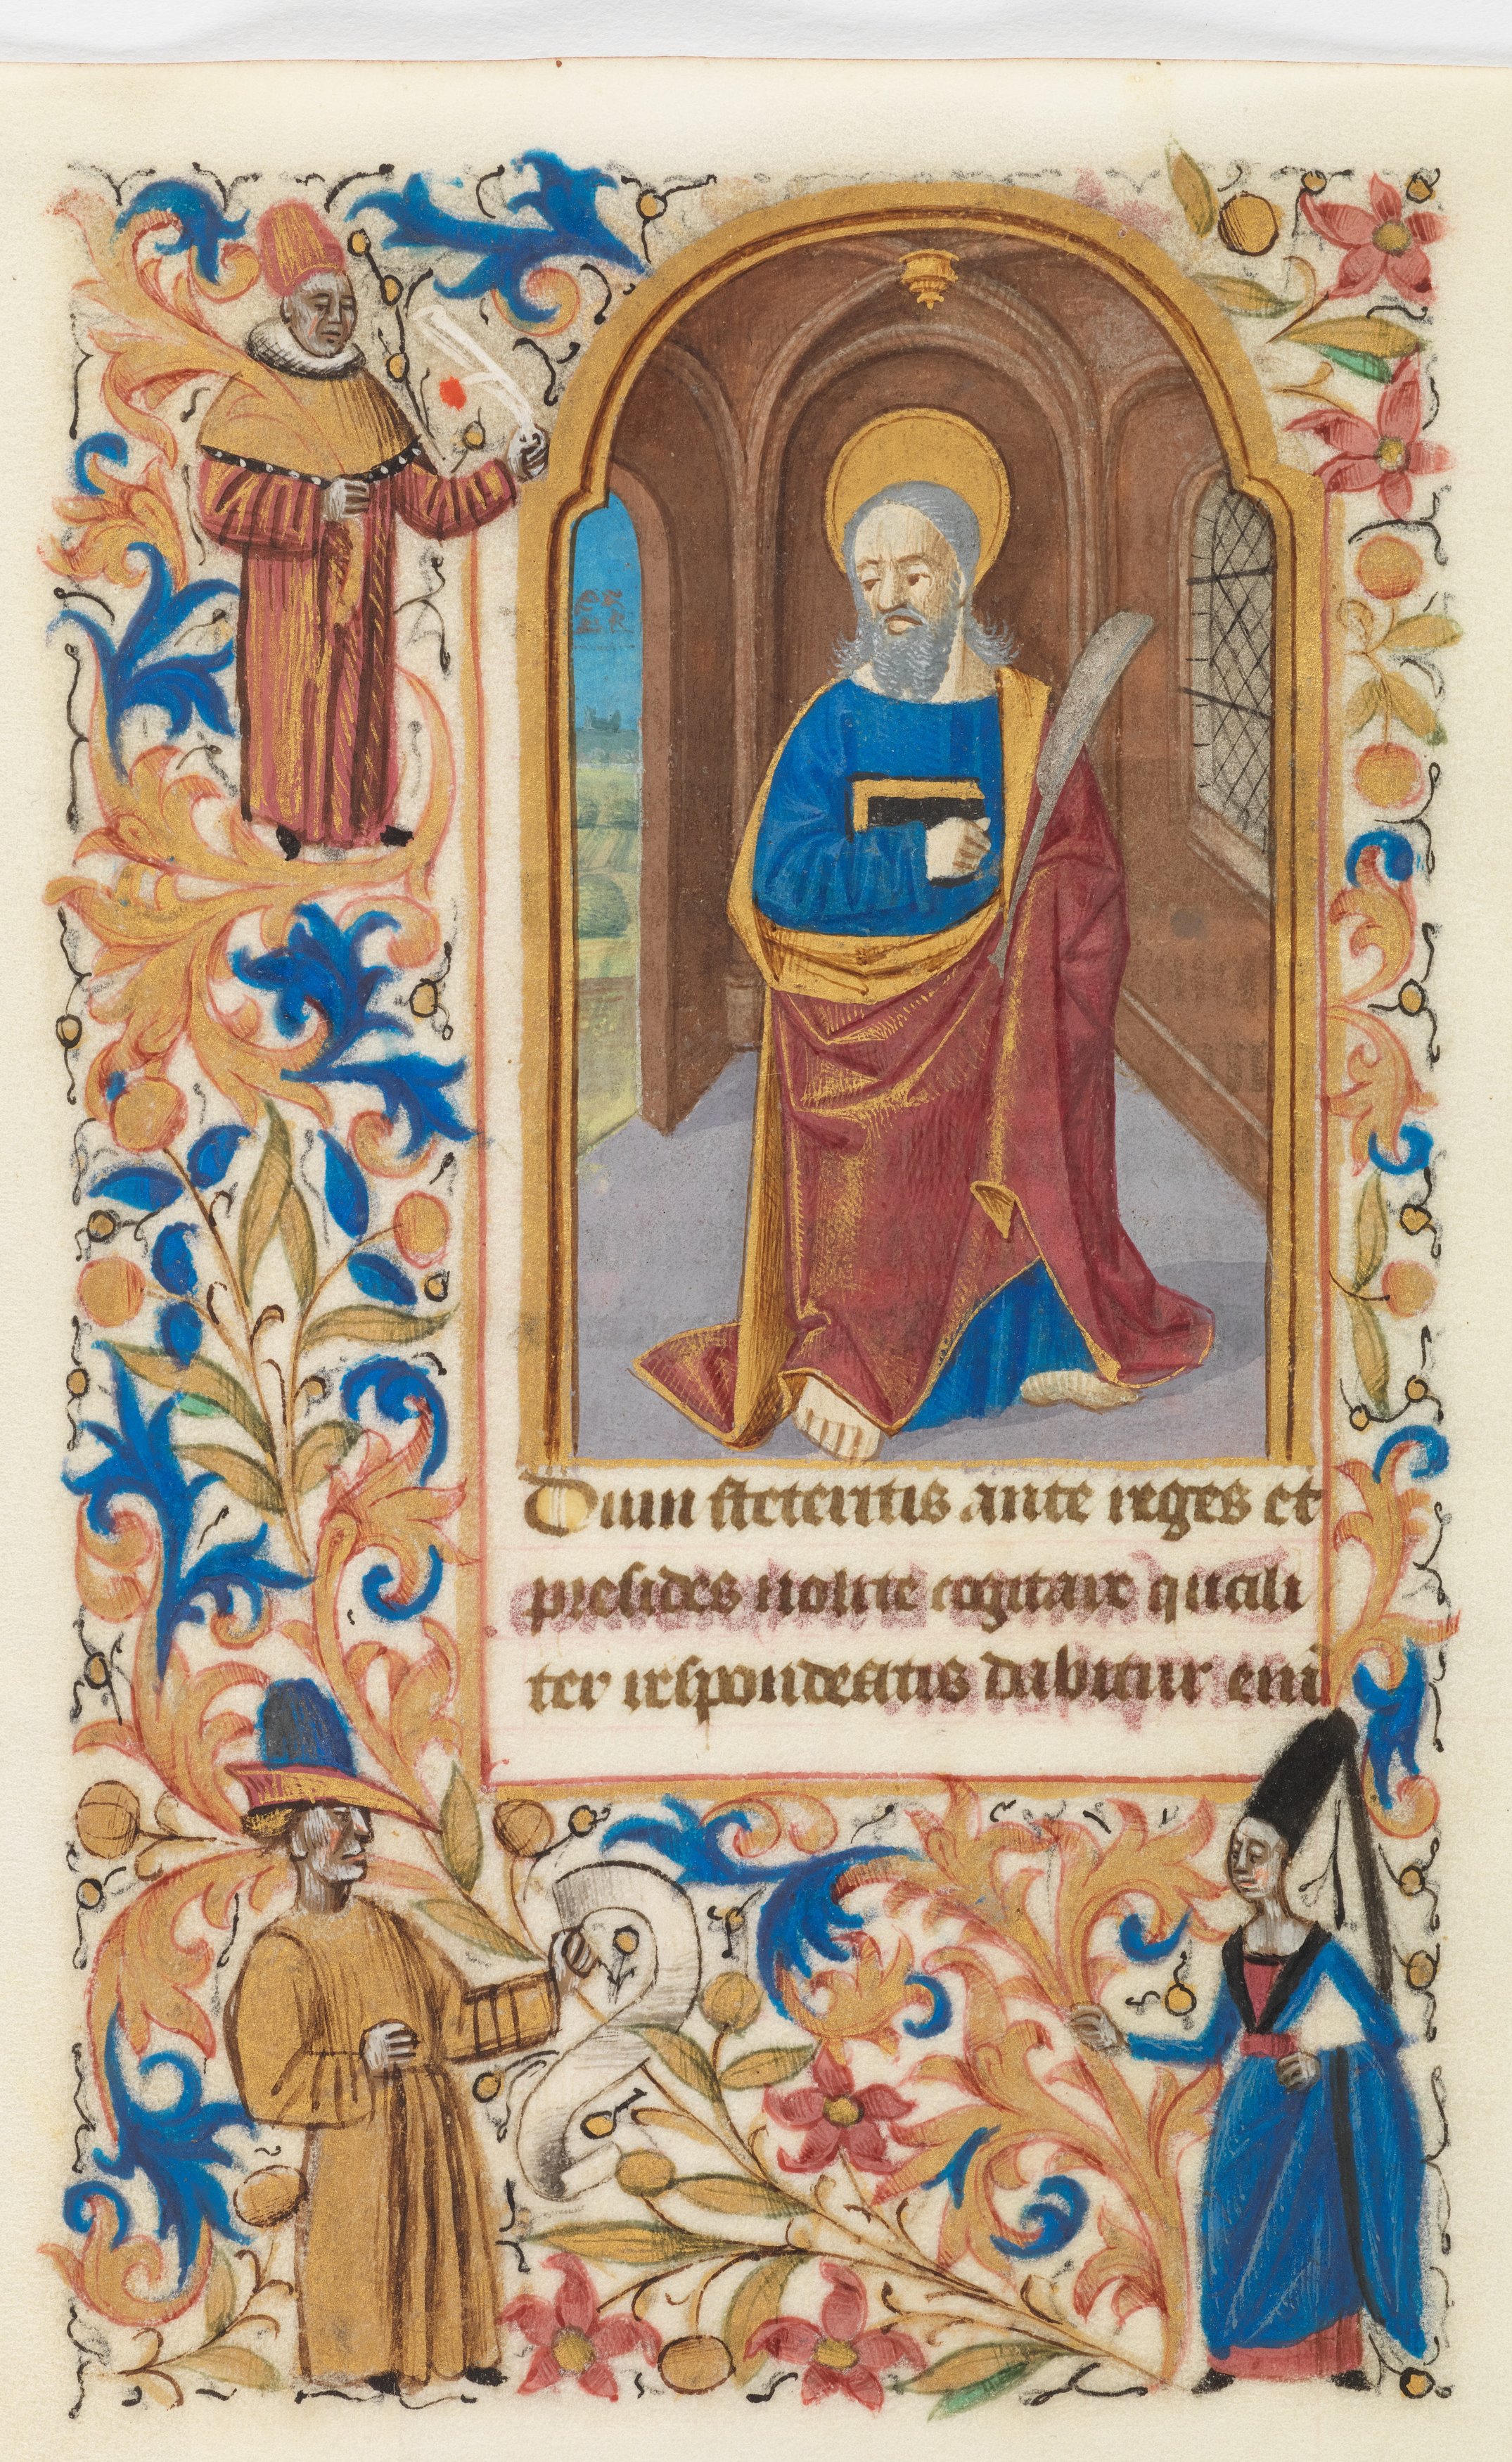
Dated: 1450–1460